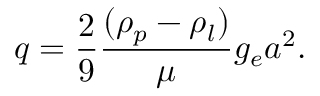
q = \frac { 2 } { 9 } \frac { ( \rho _ { p } - \rho _ { l } ) } { \mu } g _ { e } a ^ { 2 } .